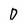
Character: D